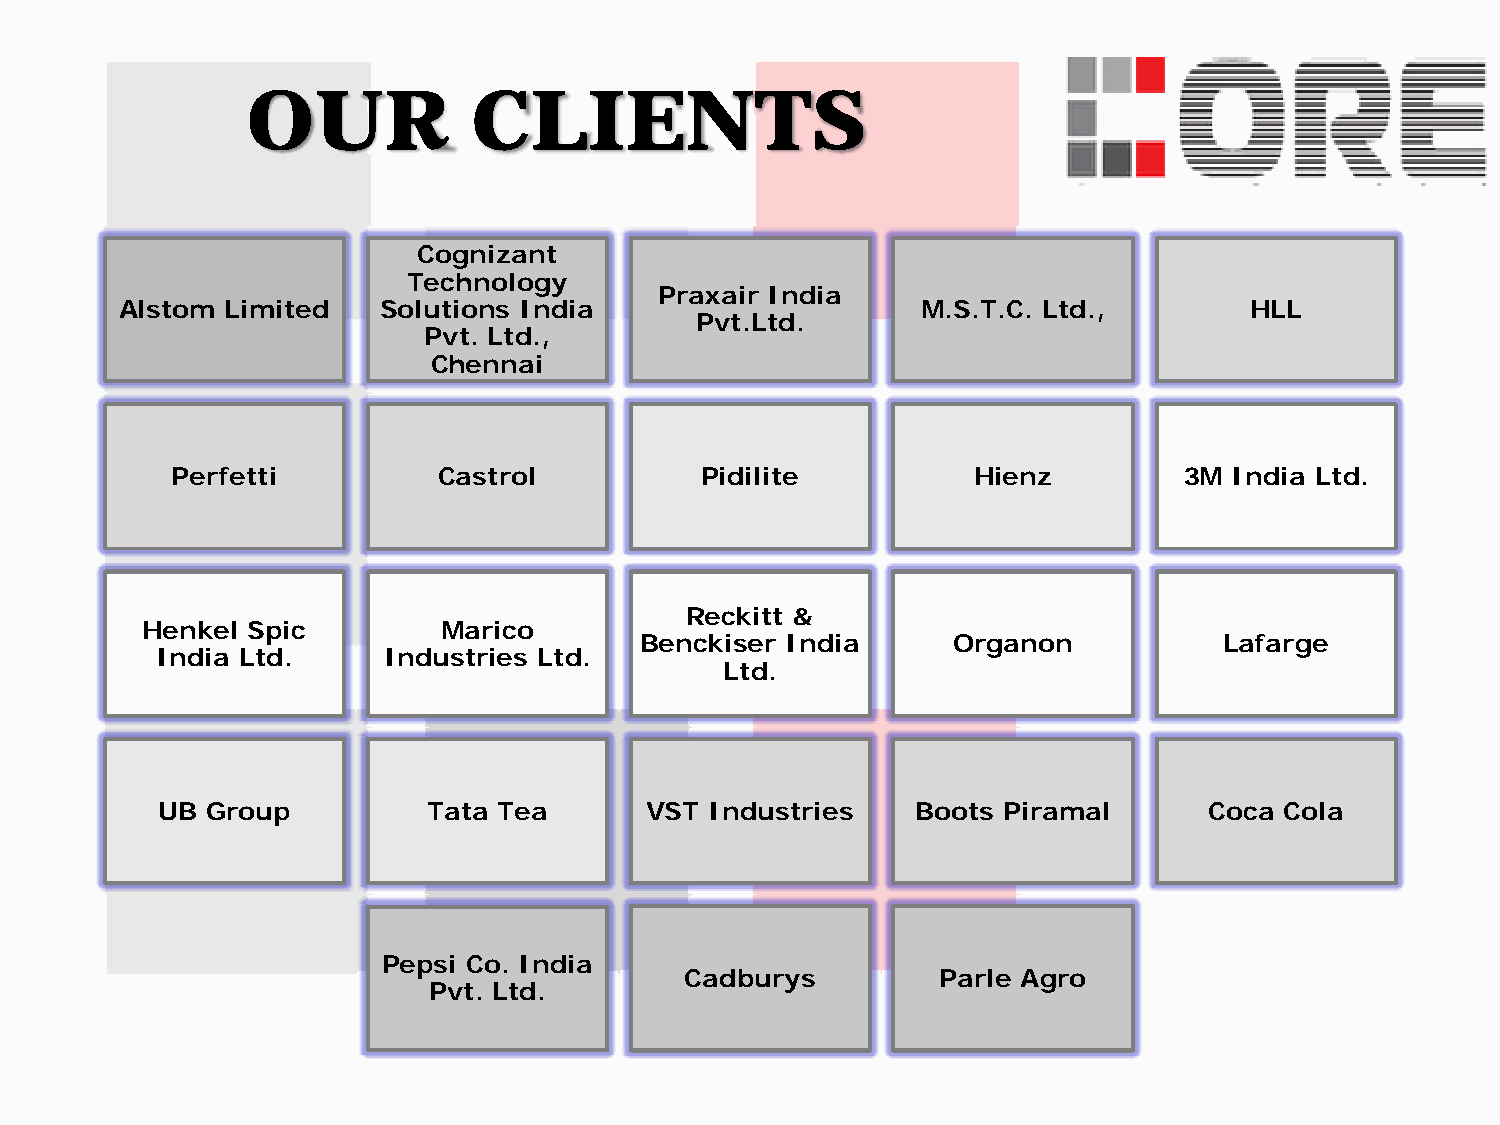
OUR            CLIENTS
 Cognizant
 Technology
 Praxair India
 Alstom Limited   Solutions India                     M.S.T.C. Ltd.,        HLL
 Pvt.Ltd.
 Pvt. Ltd.,
 Chennai
 Perfetti          Castrol          Pidilite          Hienz         3M  India Ltd.
 Reckitt &
 Henkel Spic         Marico
 Benckiser India      Organon           Lafarge
 India Ltd.     Industries Ltd.
 Ltd.
 UB  Group         Tata Tea       VST Industries    Boots Piramal      Coca Cola
 Pepsi Co. India
 Cadburys         Parle Agro
 Pvt. Ltd.
 feedback@careersatcore.com